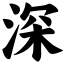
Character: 深